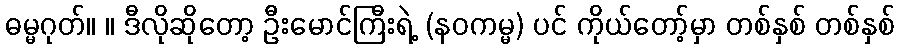
ဓမ္မဂုတ်။ ။ ဒီလိုဆိုတော့ ဦးမောင်ကြီးရဲ့ (နဝကမ္မ) ပင် ကိုယ်တော့်မှာ တစ်နှစ် တစ်နှစ်